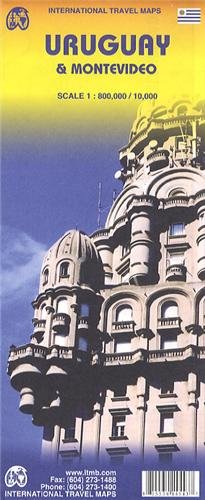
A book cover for Uruguay & Montevideo (Multilingual Edition); Travel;